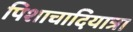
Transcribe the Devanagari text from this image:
पिशाचादियात्रा